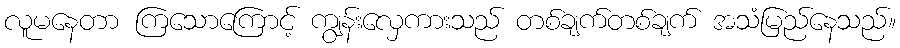
လူမနေတာ ကြသောကြောင့် ကျွန်းလှေကားသည် တစ်ချက်တစ်ချက် အသံမြည်နေသည်။